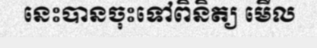
នេះបានចុះទៅពិនិត្យ មើល